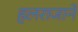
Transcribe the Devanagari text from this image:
हलराजाने